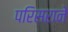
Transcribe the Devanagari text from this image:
परिसराने